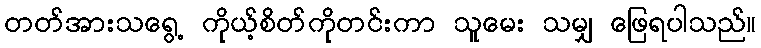
တတ်အားသရွေ့ ကိုယ့်စိတ်ကိုတင်းကာ သူမေး သမျှ ဖြေရပါသည်။